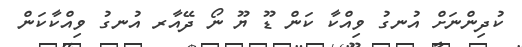
ކުދިންނަށް އުނގު ވިއްކާ ކަން ޑޫ ޔޫ ނޯ ދޭއާރ އުނގު ވިއްކާކަން